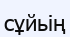
сұйьің